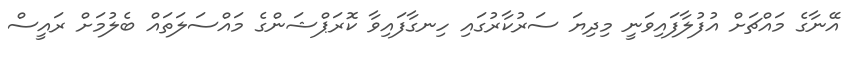
އޭނާގެ މައްޗަށް އުފުލާފައިވަނީ މިދިޔަ ސަރުކާރުގައި ހިނގާފައިވާ ކޮރަޕްޝަންގެ މައްސަލަތައް ބެލުމަށް ރައީސް